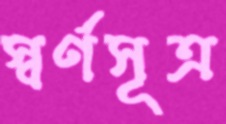
স্বর্ণসূত্র